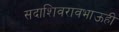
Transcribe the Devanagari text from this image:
सदाशिवरावभाऊही